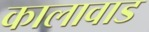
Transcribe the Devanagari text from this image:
कालावाड